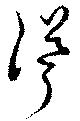
聳